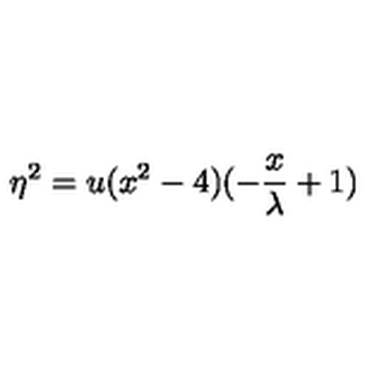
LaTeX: \eta ^ { 2 } = u ( x ^ { 2 } - 4 ) ( - \frac { x } { \lambda } + 1 )